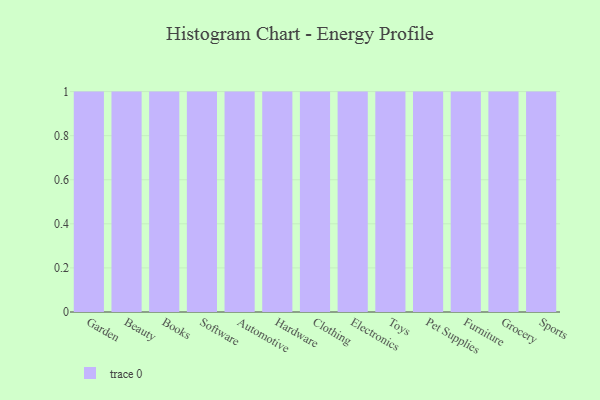
{"axis": {"x": "Category", "y": "Satisfaction Score"}, "legend": [""], "data": [{"x": "Garden", "y": 9, "type": ""}, {"x": "Beauty", "y": 41, "type": ""}, {"x": "Books", "y": 1, "type": ""}, {"x": "Software", "y": 32, "type": ""}, {"x": "Automotive", "y": 87, "type": ""}, {"x": "Hardware", "y": 69, "type": ""}, {"x": "Clothing", "y": 2, "type": ""}, {"x": "Electronics", "y": 42, "type": ""}, {"x": "Toys", "y": 83, "type": ""}, {"x": "Pet Supplies", "y": 61, "type": ""}, {"x": "Furniture", "y": 88, "type": ""}, {"x": "Grocery", "y": 62, "type": ""}, {"x": "Sports", "y": 27, "type": ""}]}